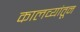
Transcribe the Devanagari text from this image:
कालव्यांतून